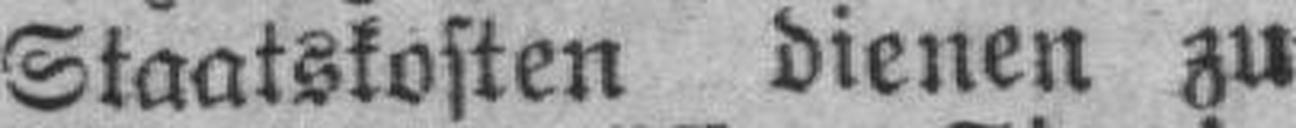
Staatskosten dienen zu